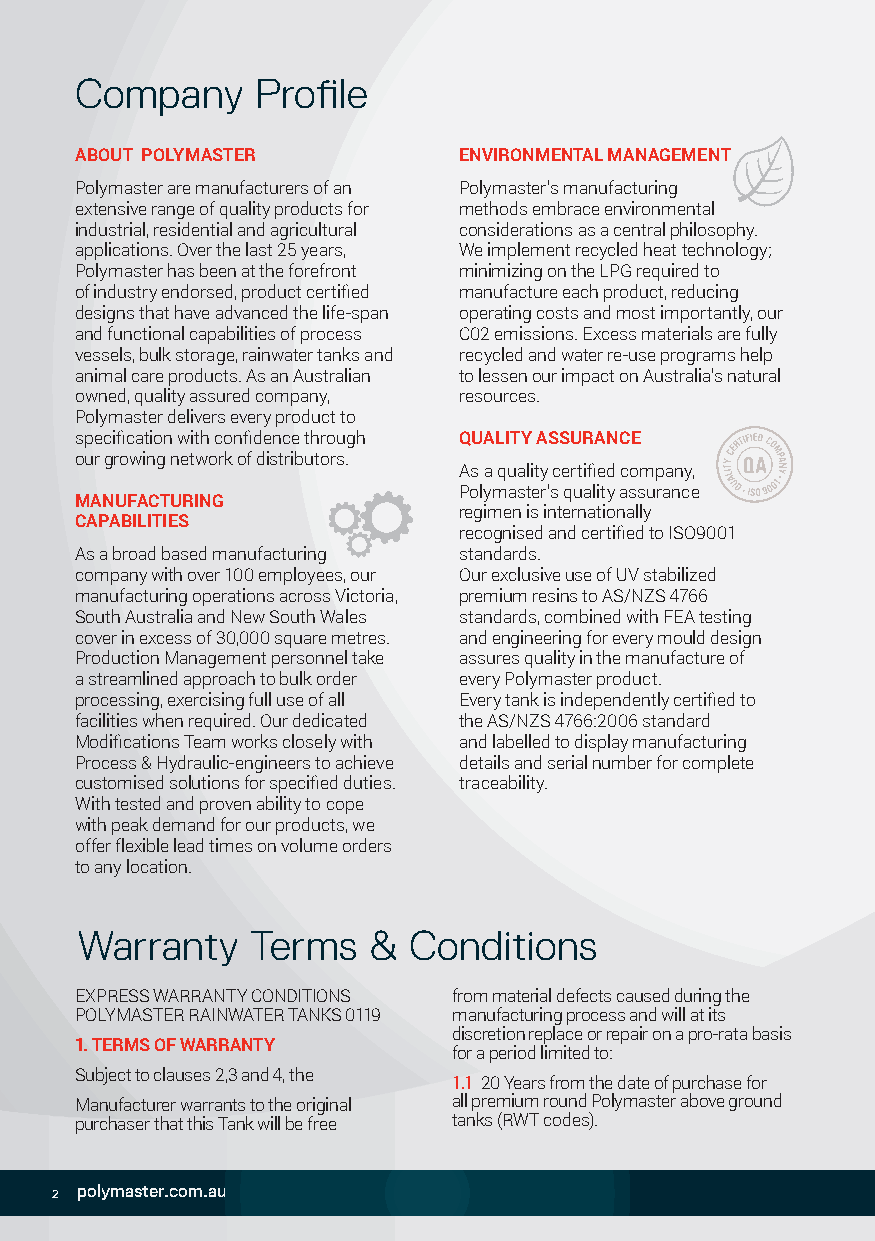
Company     Profile
 ABOUT POLYMASTER         ENVIRONMENTAL MANAGEMENT
 Polymaster are manufacturers of an Polymaster’s manufacturing
 extensive range of quality products for methods embrace environmental
 industrial, residential and agricultural considerations as a central philosophy.
 applications. Over the last 25 years, We implement recycled heat technology;
 Polymaster has been at the forefront minimizing on the LPG required to
 of industry endorsed, product certified manufacture each product, reducing
 designs that have advanced the life-span operating costs and most importantly, our
 and functional capabilities of process C02 emissions. Excess materials are fully
 vessels, bulk storage, rainwater tanks and recycled and water re-use programs help
 animal care products. As an Australian to lessen our impact on Australia’s natural
 owned, quality assured company, resources.
 Polymaster delivers every product to
 specification with confidence through QUALITY ASSURANCE
 our growing network of distributors.
 As a quality certified company,
 Polymaster’s quality assurance
 MANUFACTURING
 regimen is internationally
 CAPABILITIES
 recognised and certified to ISO9001
 As a broad based manufacturing standards.
 company with over 100 employees, our Our exclusive use of UV stabilized
 manufacturing operations across Victoria, premium resins to AS/NZS 4766
 South Australia and New South Wales standards, combined with FEA testing
 cover in excess of 30,000 square metres. and engineering for every mould design
 Production Management personnel take assures quality in the manufacture of
 a streamlined approach to bulk order every Polymaster product.
 processing, exercising full use of all Every tank is independently certified to
 facilities when required. Our dedicated the AS/NZS 4766:2006 standard
 Modifications Team works closely with and labelled to display manufacturing
 Process & Hydraulic-engineers to achieve details and serial number for complete
 customised solutions for specified duties. traceability.
 With tested and proven ability to cope
 with peak demand for our products, we
 offer flexible lead times on volume orders
 to any location.
 Warranty    Terms  &  Conditions
 EXPRESS WARRANTY CONDITIONS from material defects caused during the
 POLYMASTER RAINWATER TANKS 0119 manufacturing process and will at its
 discretion replace or repair on a pro-rata basis
 1. TERMS OF WARRANTY
 for a period limited to:
 Subject to clauses 2,3 and 4, the
 1.1 20 Years from the date of purchase for
 Manufacturer warrants to the original all premium round Polymaster above ground
 purchaser that this Tank will be free tanks (RWT codes).
 2 polymaster.com.au